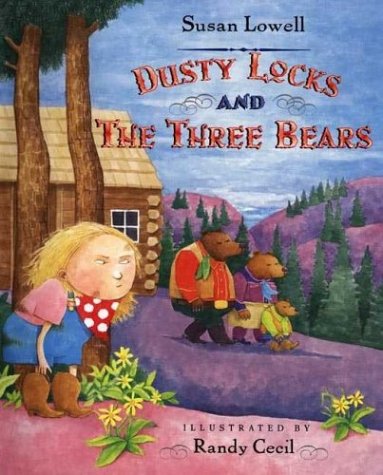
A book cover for Dusty Locks and the Three Bears; Susan Lowell; Literature & Fiction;